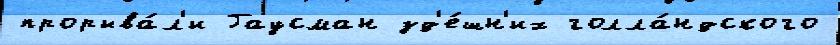
прорыва́л'и Гаусман зд'е́шн'их голла́ндского